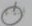
أسنانها